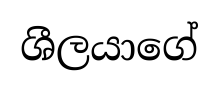
ශීලයාගේ